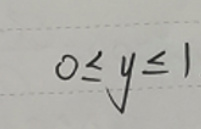
\[
0\leq y\leq 1
\]